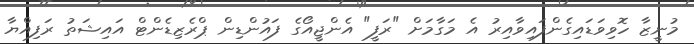
މުނީޒާ ހޮވިވަޑައިގެންފައިވާއިރު އެ މަގާމަށް "ރަފީ" އެންޖީއޯގެ ފައުންޑިން ޕްރެޒިޑެންޓް އައިޝަތު ރަފިއްޔާ